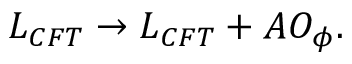
{ \cal L } _ { C F T } \to { \cal L } _ { C F T } + A O _ { \phi } .